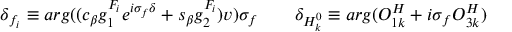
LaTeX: \delta _ { f _ { i } } \equiv a r g ( ( c _ { \beta } g _ { 1 } ^ { F _ { i } } e ^ { i \sigma _ { f } \delta } + s _ { \beta } g _ { 2 } ^ { F _ { i } } ) v ) \sigma _ { f } \qquad \delta _ { H _ { k } ^ { 0 } } \equiv a r g ( O _ { 1 k } ^ { H } + i \sigma _ { f } O _ { 3 k } ^ { H } )